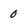
Character: 0